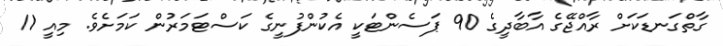
ގާތްގަނޑަކަށް ރާއްޖޭގެ އާބާދީގެ 90 ޕަސެންޓަކީ އެކުންފުނީގެ ކަސްޓަމަރުން ކަމަށެވެ. މިއީ 11